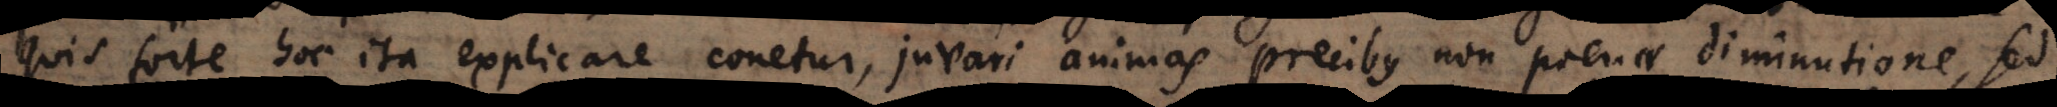
quis forte hoc ita explicare conetur, juvari animas precibus non poenae diminutione, sed